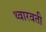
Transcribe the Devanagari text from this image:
थ्वारवती